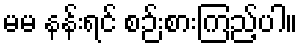
မမ နန်းရင် စဉ်းစားကြည့်ပါ။